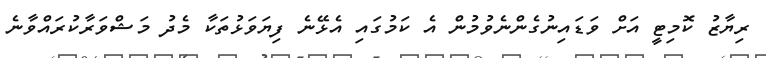
ރިޔާޒު ކޮމިޓީ އަށް ވަޑައިނުގެންނެވުމުން އެ ކަމުގައި އެޅޭނެ ފިޔަވަޅުތަކާ މެދު މަޝްވަރާކުރައްވާނެ